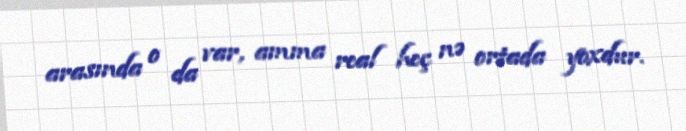
arasında o da var, amma real heç nə ortada yoxdur.